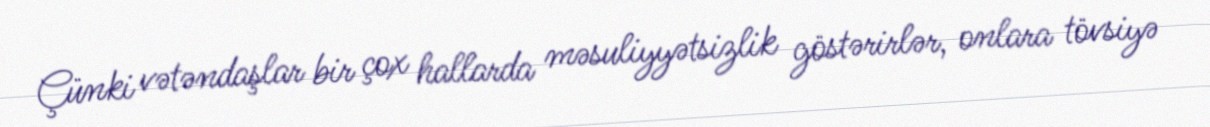
Çünki vətəndaşlar bir çox hallarda məsuliyyətsizlik göstərirlər, onlara tövsiyə